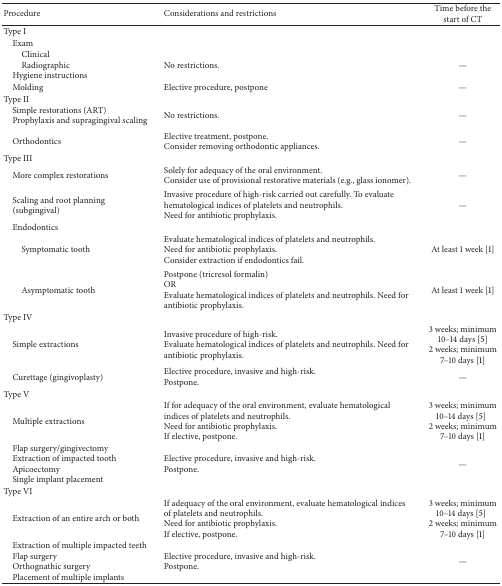
<table><thead><tr><td><b>Procedure</b></td><td><b>Considerations and restrictions</b></td><td><b>Time before the start of CT</b></td></tr></thead><tbody><tr><td>Type I</td><td> </td><td> </td></tr><tr><td> Exam</td><td> </td><td> </td></tr><tr><td>ClinicalRadiographic Hygiene instructions</td><td>No restrictions.</td><td>—</td></tr><tr><td> Molding</td><td>Elective procedure, postpone</td><td>—</td></tr><tr><td>Type II</td><td> </td><td> </td></tr><tr><td> Simple restorations (ART) Prophylaxis and supragingival scaling</td><td>No restrictions. </td><td>—</td></tr><tr><td> Orthodontics</td><td>Elective treatment, postpone. Consider removing orthodontic appliances.</td><td>—</td></tr><tr><td>Type III</td><td> </td><td> </td></tr><tr><td> More complex restorations</td><td>Solely for adequacy of the oral environment. Consider use of provisional restorative materials (e.g., glass ionomer). </td><td>—</td></tr><tr><td> Scaling and root planning (subgingival)</td><td>Invasive procedure of high-risk carried out carefully. To evaluate hematological indices of platelets and neutrophils.Need for antibiotic prophylaxis.</td><td>—</td></tr><tr><td> Endodontics</td><td> </td><td> </td></tr><tr><td>Symptomatic tooth</td><td>Evaluate hematological indices of platelets and neutrophils.Need for antibiotic prophylaxis.Consider extraction if endodontics fail.</td><td>At least 1 week [1] </td></tr><tr><td>Asymptomatic tooth</td><td>Postpone (tricresol formalin) OR Evaluate hematological indices of platelets and neutrophils. Need for antibiotic prophylaxis. </td><td>At least 1 week [1]</td></tr><tr><td>Type IV</td><td> </td><td> </td></tr><tr><td> Simple extractions</td><td>Invasive procedure of high-risk. Evaluate hematological indices of platelets and neutrophils. Need for antibiotic prophylaxis.</td><td>3 weeks; minimum 10–14 days [5] 2 weeks; minimum 7–10 days [1]</td></tr><tr><td> Curettage (gingivoplasty)</td><td>Elective procedure, invasive and high-risk. Postpone. </td><td>—</td></tr><tr><td>Type V</td><td> </td><td> </td></tr><tr><td> Multiple extractions</td><td>If for adequacy of the oral environment, evaluate hematological indices of platelets and neutrophils.Need for antibiotic prophylaxis.If elective, postpone.</td><td>3 weeks; minimum 10–14 days [5]2 weeks; minimum 7–10 days [1]</td></tr><tr><td> Flap surgery/gingivectomy Extraction of impacted tooth Apicoectomy Single implant placement</td><td>Elective procedure, invasive and high-risk.Postpone. </td><td>—</td></tr><tr><td>Type VI</td><td> </td><td> </td></tr><tr><td> Extraction of an entire arch or both</td><td>If adequacy of the oral environment, evaluate hematological indices of platelets and neutrophils.Need for antibiotic prophylaxis. If elective, postpone. </td><td>3 weeks; minimum 10–14 days [5]2 weeks; minimum 7–10 days [1]</td></tr><tr><td> Extraction of multiple impacted teeth Flap surgery Orthognathic surgery Placement of multiple implants</td><td>Elective procedure, invasive and high-risk. Postpone.</td><td>—</td></tr></tbody></table>